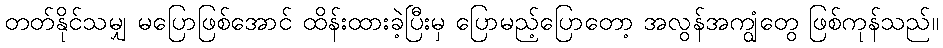
တတ်နိုင်သမျှ မပြောဖြစ်အောင် ထိန်းထားခဲ့ပြီးမှ ပြောမည့်ပြောတော့ အလွန်အကျွံတွေ ဖြစ်ကုန်သည်။